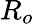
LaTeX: R_{o}